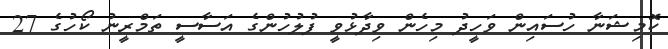
ކޮމިޝަނާ ހުސައިން ވަހީދު މިހެން ވިދާޅުވީ ފުލުހުންގެ އަސާސީ ތަމްރީނު ކޯހުގެ 27